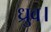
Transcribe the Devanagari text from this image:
ध्रुव।